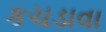
કચડાવા